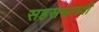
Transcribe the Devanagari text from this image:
सहसस्राब्दी